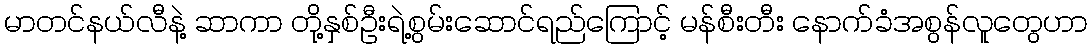
မာတင်နယ်လီနဲ့ ဆာကာ တို့နှစ်ဦးရဲ့စွမ်းဆောင်ရည်ကြောင့် မန်စီးတီး နောက်ခံအစွန်လူတွေဟာ